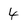
Character: 4